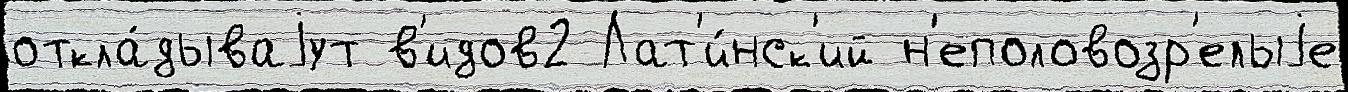
откла́дываjут в'идов2 Лат'и́нск'ий н'еполовозр'елыjе